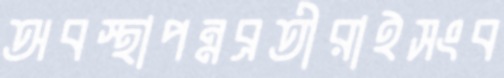
অবস্থাপন্নব্রতীরাইসংব